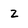
Character: z